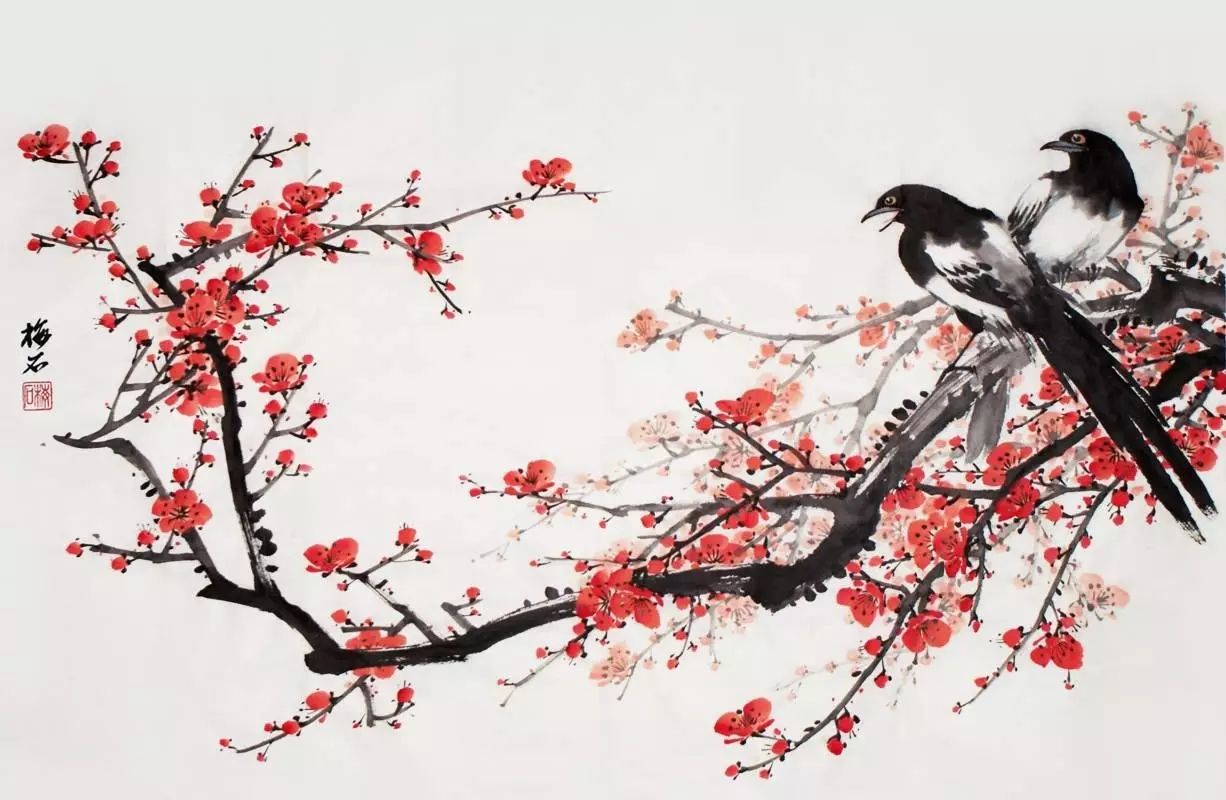
无情燕子，怕春寒轻失花期。